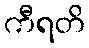
ကီရတိ